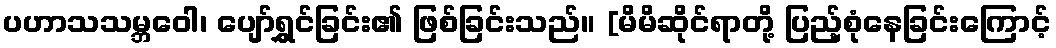
ပဟာသသမ္ဘဝေါ၊ ပျော်ရွှင်ခြင်း၏ ဖြစ်ခြင်းသည်။ [မိမိဆိုင်ရာတို့ ပြည့်စုံနေခြင်းကြောင့်